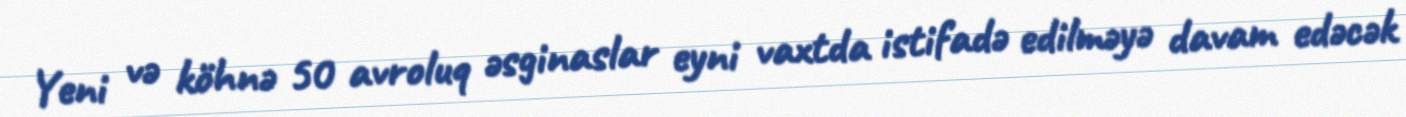
Yeni və köhnə 50 avroluq əsginaslar eyni vaxtda istifadə edilməyə davam edəcək